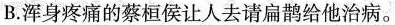
B.浑身疼痛的蔡桓侯让人去请扁鹊给他治病。